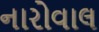
નારોવાલ